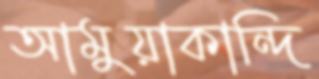
আমুয়াকান্দি